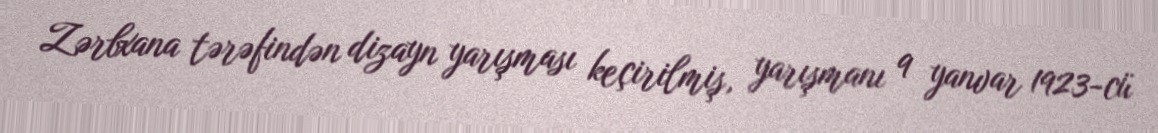
Zərbxana tərəfindən dizayn yarışması keçirilmiş, yarışmanı 9 yanvar 1923-cü